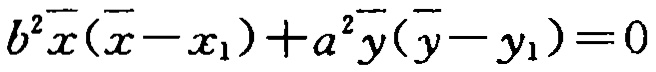
\(b^{2}\overline{x}(\overline{x}-x_{1}) + a^{2}\overline{y}(\overline{y}-y_{1}) = 0\)